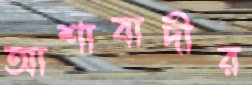
আশাবাদীর